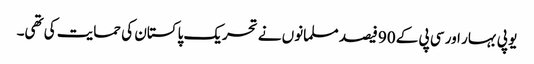
یو پی بہار اور سی پی کے 90 فیصد مسلمانوں نے تحریک پاکستان کی حمایت کی تھی۔